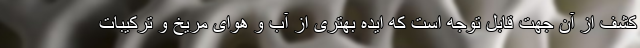
کشف از آن جهت قابل توجه است که ایده بهتری از آب و هوای مریخ و ترکیبات